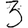
Digit: 3